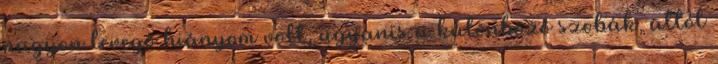
nagyon levegő hiányom volt, ugyanis a különböző szobák, attól